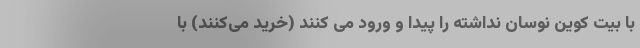
با بیت کوین نوسان نداشته را پیدا و ورود می کنند (خرید می‌کنند) با